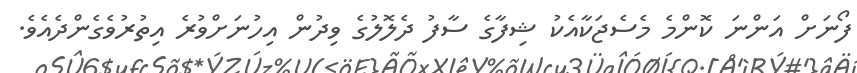
ފޯނަށް އަންނަ ކޮންމެ މެސެޖަކާއެކު ޝިފާގެ ސާފު ދެލޮލުގެ ވިދުން އިހުނަށްވުރެ އިތުރުވެގެންދެއެވެ.